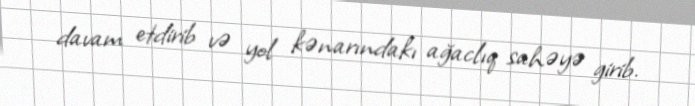
davam etdirib və yol kənarındakı ağaclıq sahəyə girib.